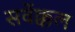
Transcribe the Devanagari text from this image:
सर्वेक्कल